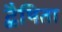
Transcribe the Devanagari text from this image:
द्वैषिता